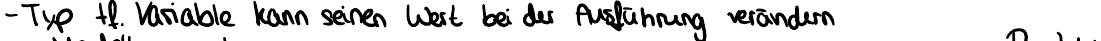
- Typ tf.Variable kann seinen Wert bei der Ausführung verändern